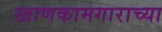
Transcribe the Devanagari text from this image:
खाणकामगाराच्या